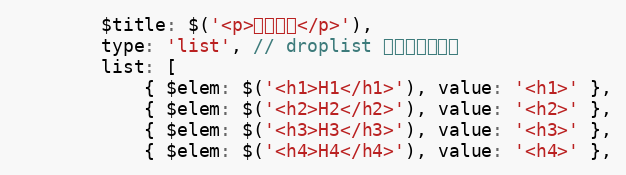
Language: JavaScript
        $title: $('<p>设置标题</p>'),
        type: 'list', // droplist 以列表形式展示
        list: [
            { $elem: $('<h1>H1</h1>'), value: '<h1>' },
            { $elem: $('<h2>H2</h2>'), value: '<h2>' },
            { $elem: $('<h3>H3</h3>'), value: '<h3>' },
            { $elem: $('<h4>H4</h4>'), value: '<h4>' },